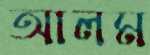
আলম